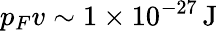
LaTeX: p_{F}v\sim 1\times 10^{-27}\, \mathrm{J}